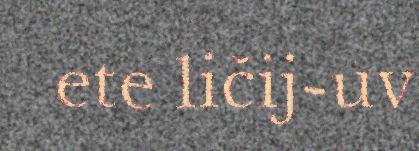
ete ličij-uv